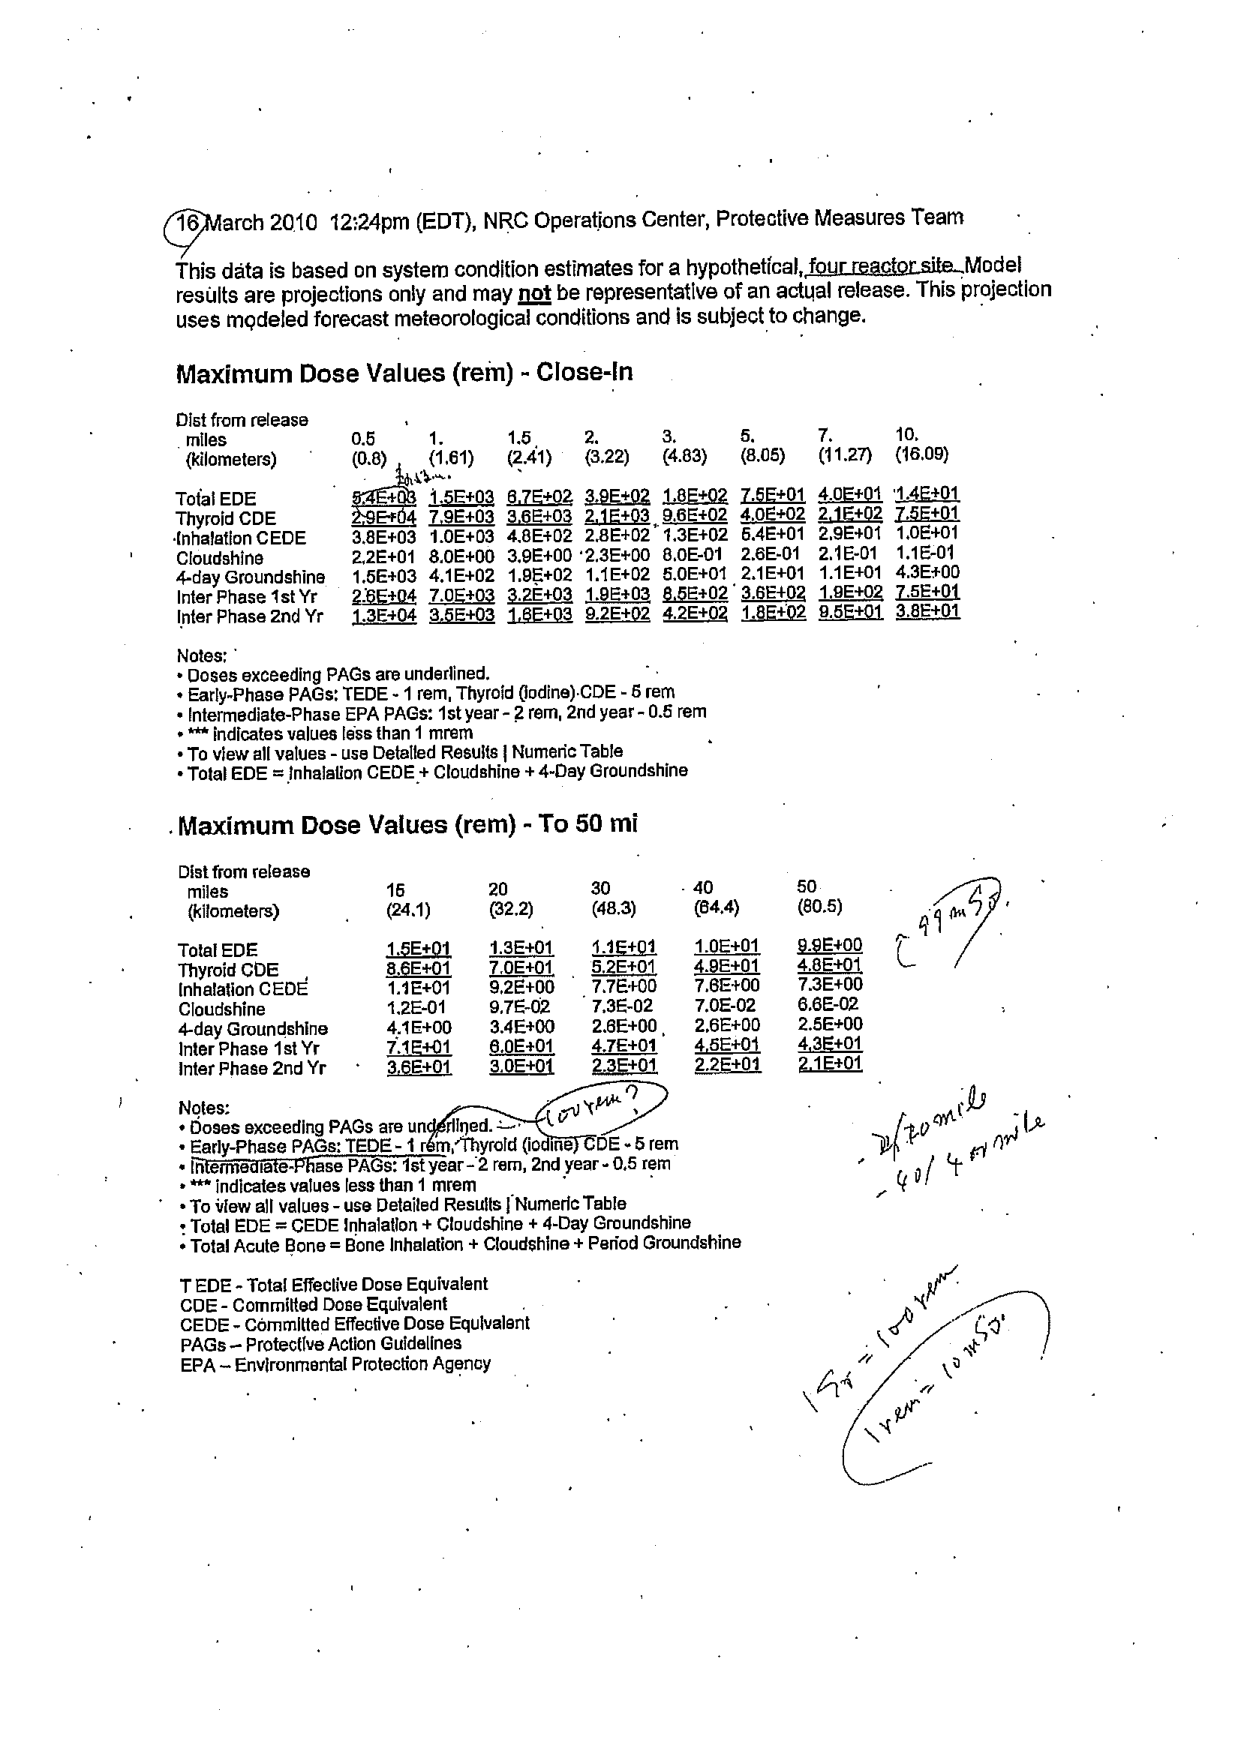
16 March 2010 12:24pm (EDT), NRC Operations Center, Protective Measures Team

This data is based on system condition estimates for a hypothetical, four reactor site. Model results are projections only and may not be representative of an actual release. This projection uses modeled forecast meteorological conditions and is subject to change.

Maximum Dose Values (rem) - Close-In

Dist from release
miles          0.5       1.        1.5       2.        3.        5.        7.        10.
(kilometers)  (0.8)     (1.61)    (2.41)    (3.22)    (4.83)    (8.05)    (11.27)   (16.09)

Total EDE       5.4E+03   1.5E+03   6.7E+02   3.9E+02   1.8E+02   7.5E+01   4.0E+01   1.4E+01
Thyroid CDE     2.9E+04   7.9E+03   3.6E+03   2.1E+03   9.6E+02   4.0E+02   2.1E+02   7.5E+01
Inhalation CEDE 3.8E+03   1.0E+03   4.8E+02   2.8E+02   1.3E+02   5.4E+01   2.9E+01   1.0E+01
Cloudshine      2.2E+01   8.0E+00   3.9E+00   2.3E+00   8.0E-01   2.6E-01   2.1E-01   1.1E-01
4-day Groundshine 1.5E+03   4.1E+02   1.9E+02   1.1E+02   5.0E+01   2.1E+01   1.1E+01   4.3E+00
Inter Phase 1st Yr 2.5E+04   7.0E+03   3.2E+03   1.9E+03   8.5E+02   3.6E+02   1.9E+02   7.5E+01
Inter Phase 2nd Yr 1.3E+04   3.6E+03   1.8E+03   9.2E+02   4.2E+02   1.8E+02   9.5E+01   3.8E+01

Notes:
• Doses exceeding PAGs are underlined.
• Early-Phase PAGs: TEDE - 1 rem, Thyroid (iodine) CDE - 5 rem
• Intermediate-Phase EPA PAGs: 1st year - 2 rem, 2nd year - 0.5 rem
• *** indicates values less than 1 mrem
• To view all values - use Detailed Results | Numeric Table
• Total EDE = Inhalation CEDE + Cloudshine + 4-Day Groundshine

Maximum Dose Values (rem) - To 50 mi

Dist from release
miles          15        20        30        40        50
(kilometers)  (24.1)    (32.2)    (48.3)    (64.4)    (80.5)

Total EDE       1.5E+01   1.3E+01   1.1E+01   1.0E+01   9.8E+00
Thyroid CDE     8.6E+01   7.0E+01   5.2E+01   4.9E+01   4.8E+01
Inhalation CEDE 1.1E+01   9.2E+00   7.7E+00   7.8E+00   7.3E+00
Cloudshine      1.2E-01   9.7E-02   7.3E-02   7.0E-02   6.6E-02
4-day Groundshine 4.1E+00   3.4E+00   2.6E+00   2.6E+00   2.5E+00
Inter Phase 1st Yr 7.1E+01   6.0E+01   4.7E+01   4.8E+01   4.3E+01
Inter Phase 2nd Yr 3.6E+01   3.0E+01   2.3E+01   2.2E+01   2.1E+01

Notes:
• Doses exceeding PAGs are underlined.
• Early-Phase PAGs: TEDE - 1 rem, Thyroid (iodine) CDE - 5 rem
• Intermediate-Phase PAGs: 1st year - 2 rem, 2nd year - 0.5 rem
• *** indicates values less than 1 mrem
• To view all values - use Detailed Results | Numeric Table
• Total EDE = CEDE Inhalation + Cloudshine + 4-Day Groundshine
• Total Acute Bone = Bone Inhalation + Cloudshine + Period Groundshine

TEDE - Total Effective Dose Equivalent
CDE - Committed Dose Equivalent
CEDE - Committed Effective Dose Equivalent
PAGs - Protective Action Guidelines
EPA - Environmental Protection Agency

Handwritten annotations:
- "99 mi 50"
- "2ft to mile"
- "-40/4 mi mile"
- "15 mi = 100 rem"
- "1 rem = 10 mSv"
- "(ov year?)"